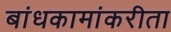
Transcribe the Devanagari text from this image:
बांधकामांकरीता